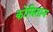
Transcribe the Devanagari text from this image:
कोमितान